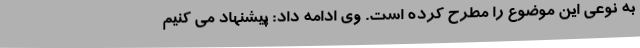
به نوعی این موضوع را مطرح کرده است. وی ادامه داد: پیشنهاد می کنیم